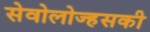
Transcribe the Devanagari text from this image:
सेवोलोज्हसकी